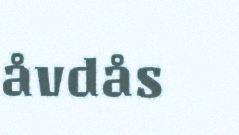
åvdås